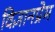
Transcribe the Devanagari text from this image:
विज्ञानप्रेम